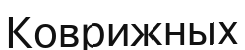
Коврижных